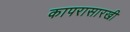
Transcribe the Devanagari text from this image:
कापरासारखी